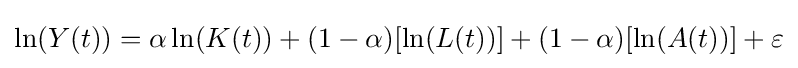
\ln(Y(t))=\alpha \ln(K(t))+(1-\alpha )[\ln(L(t))]+(1-\alpha )[\ln(A(t))]+\varepsilon